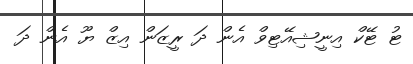
ޓު ޓޭކް އިނީޝިއޭޓިވް އެން ދަ ރީޒަން އިޒް ޔޫ އެން ދަ